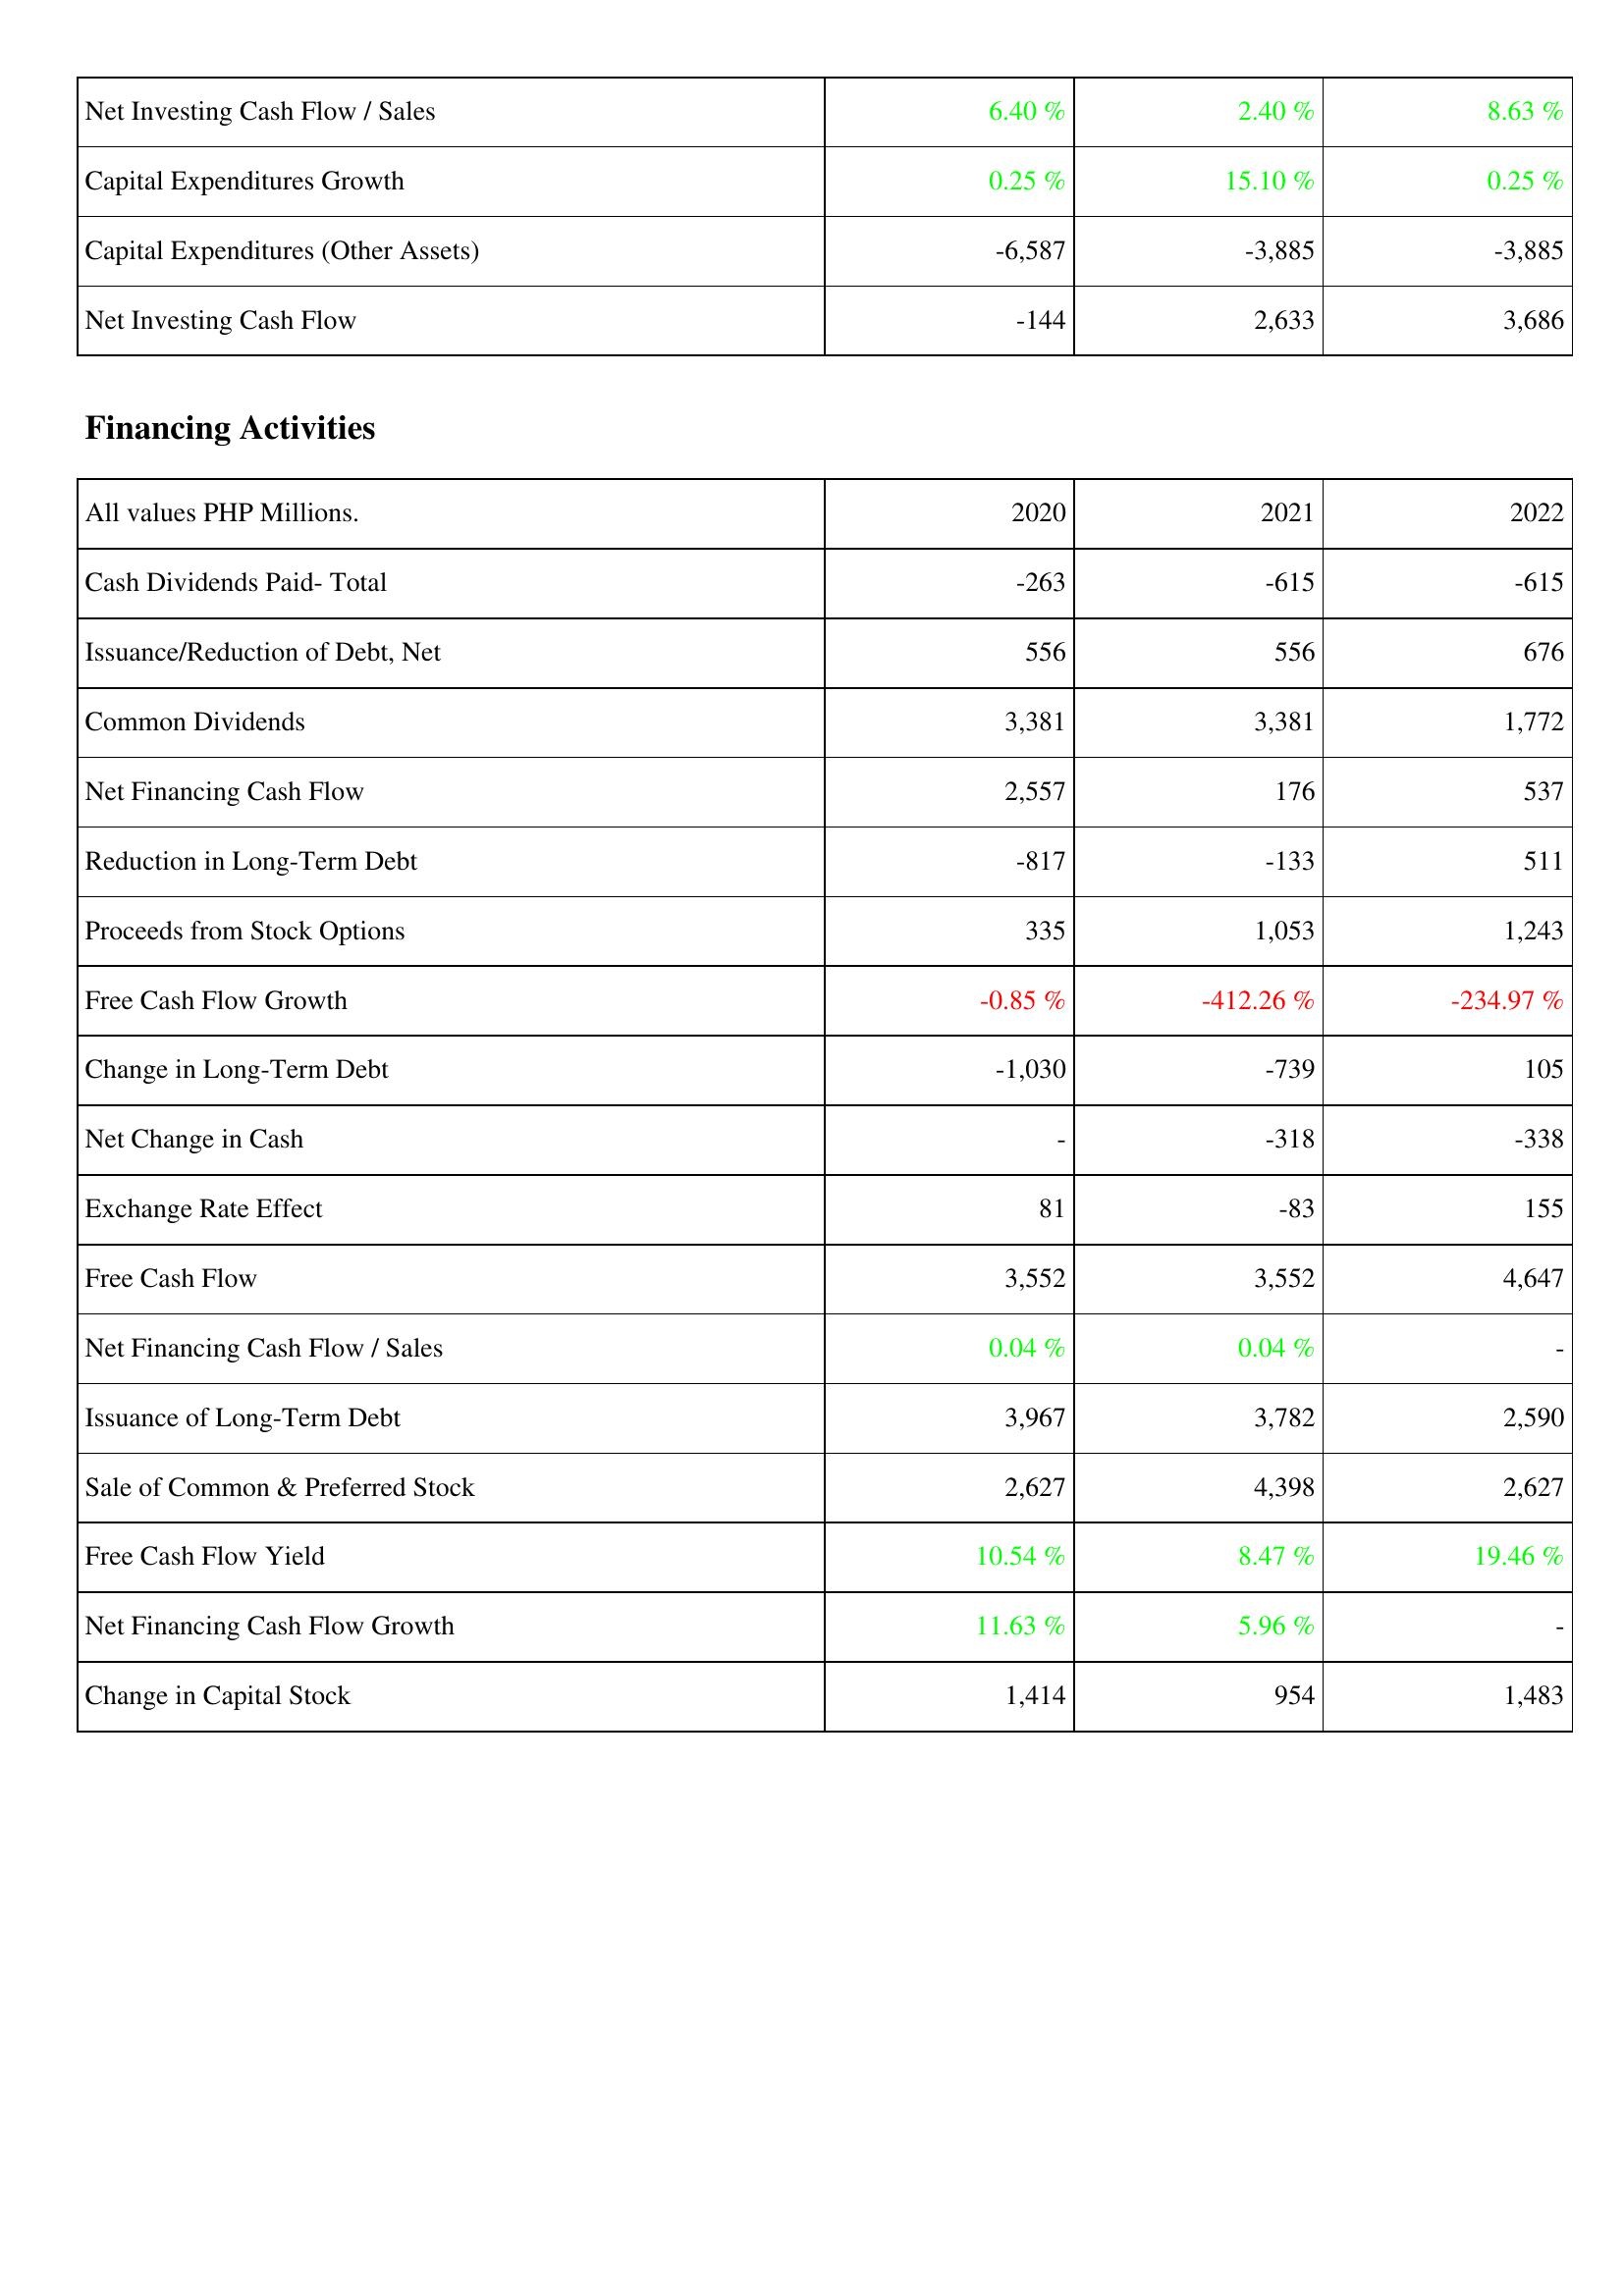
2020: Investing Activities: Net Investing Cash Flow / Sales: 6.40 %
Capital Expenditures Growth: 0.25 %
Capital Expenditures (Other Assets): -6,587
Net Investing Cash Flow: -144
Financing Activities: Cash Dividends Paid- Total: -263
Issuance/Reduction of Debt, Net: 556
Common Dividends: 3,381
Net Financing Cash Flow: 2,557
Reduction in Long-Term Debt: -817
Proceeds from Stock Options: 335
Free Cash Flow Growth: -0.85 %
Change in Long-Term Debt: -1,030
Net Change in Cash: -
Exchange Rate Effect: 81
Free Cash Flow: 3,552
Net Financing Cash Flow / Sales: 0.04 %
Issuance of Long-Term Debt: 3,967
Sale of Common & Preferred Stock: 2,627
Free Cash Flow Yield: 10.54 %
Net Financing Cash Flow Growth: 11.63 %
Change in Capital Stock: 1,414
2021: Investing Activities: Net Investing Cash Flow / Sales: 2.40 %
Capital Expenditures Growth: 15.10 %
Capital Expenditures (Other Assets): -3,885
Net Investing Cash Flow: 2,633
Financing Activities: Cash Dividends Paid- Total: -615
Issuance/Reduction of Debt, Net: 556
Common Dividends: 3,381
Net Financing Cash Flow: 176
Reduction in Long-Term Debt: -133
Proceeds from Stock Options: 1,053
Free Cash Flow Growth: -412.26 %
Change in Long-Term Debt: -739
Net Change in Cash: -318
Exchange Rate Effect: -83
Free Cash Flow: 3,552
Net Financing Cash Flow / Sales: 0.04 %
Issuance of Long-Term Debt: 3,782
Sale of Common & Preferred Stock: 4,398
Free Cash Flow Yield: 8.47 %
Net Financing Cash Flow Growth: 5.96 %
Change in Capital Stock: 954
2022: Investing Activities: Net Investing Cash Flow / Sales: 8.63 %
Capital Expenditures Growth: 0.25 %
Capital Expenditures (Other Assets): -3,885
Net Investing Cash Flow: 3,686
Financing Activities: Cash Dividends Paid- Total: -615
Issuance/Reduction of Debt, Net: 676
Common Dividends: 1,772
Net Financing Cash Flow: 537
Reduction in Long-Term Debt: 511
Proceeds from Stock Options: 1,243
Free Cash Flow Growth: -234.97 %
Change in Long-Term Debt: 105
Net Change in Cash: -338
Exchange Rate Effect: 155
Free Cash Flow: 4,647
Net Financing Cash Flow / Sales: -
Issuance of Long-Term Debt: 2,590
Sale of Common & Preferred Stock: 2,627
Free Cash Flow Yield: 19.46 %
Net Financing Cash Flow Growth: -
Change in Capital Stock: 1,483